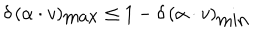
LaTeX: \delta \, ( \alpha \cdot v ) _ { \mathrm { m a x } } \leq 1 - \delta \, ( \alpha \cdot v ) _ { \mathrm { m i n } }